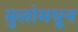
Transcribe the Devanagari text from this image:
मुलांमधून